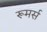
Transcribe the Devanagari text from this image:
रूमर्स